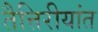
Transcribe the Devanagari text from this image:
तैत्तिरीयांत